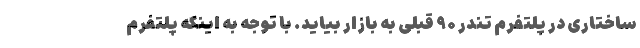
ساختاری در پلتفرم تندر ۹۰ قبلی به بازار بیاید. با توجه به اینکه پلتفرم